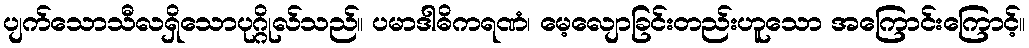
ပျက်သောသီလရှိသောပုဂ္ဂိုလ်သည်။ ပမာဒါဓိကရဏံ၊ မေ့လျောခြင်းတည်းဟူသော အကြောင်းကြောင့်။